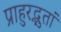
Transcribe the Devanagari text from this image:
प्राहुरद्भुतां